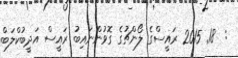
:  18